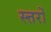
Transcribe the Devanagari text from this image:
स्त्तरों